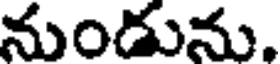
నుండును.